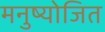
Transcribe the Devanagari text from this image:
मनुष्योजित